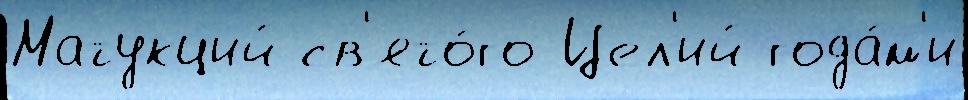
Матукций св'ято́го Цел'ий года́м'и